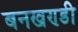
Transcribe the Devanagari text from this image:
बनखण्डी